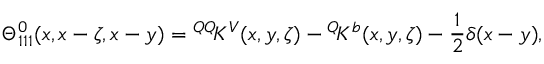
\Theta _ { 1 1 1 } ^ { 0 } ( x , x - \zeta , x - y ) = { ^ { Q Q } \! K ^ { V } } ( x , y , \zeta ) - { ^ { Q } \! K ^ { b } } ( x , y , \zeta ) - \frac { 1 } { 2 } \delta ( x - y ) ,